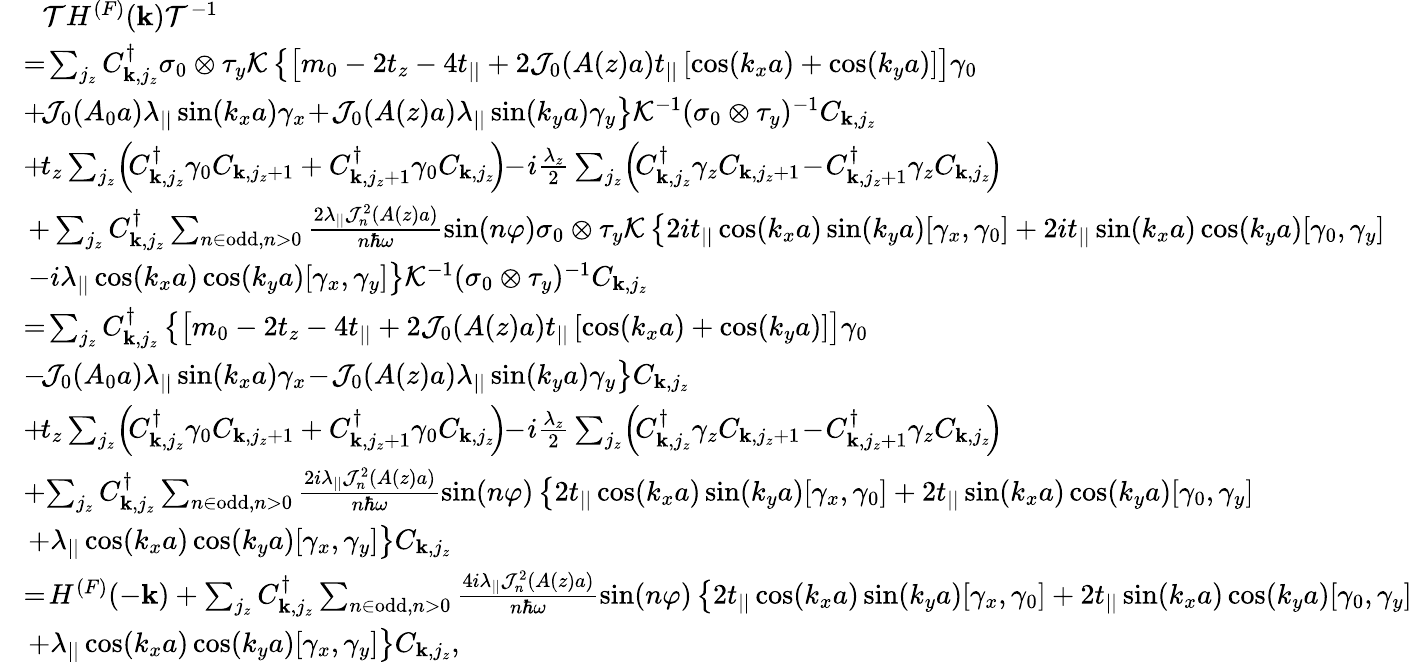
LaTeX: \begin{array}{rl}&{~~{\cal T}H^{(F)}({\mathbf k}){\cal T}^{-1}}\\ &{\! =\! \sum_{j_{z}}C_{{\mathbf k},j_{z}}^{\dagger}\sigma_{0}\otimes\tau_{y}{\cal K}\left\{ \left[m_{0}-2t_{z}-4t_{||}+2{\cal J}_{0}(A(z)a)t_{||}\left[\cos(k_{x}a)+\cos(k_{y}a)\right]\right]\gamma_{0}\right.}\\ &{\left.\! +\! {\cal J}_{0}(A_{0}a)\lambda_{||}\sin(k_{x}a)\gamma_{x}\! +\! {\cal J}_{0}(A(z)a)\lambda_{||}\sin(k_{y}a)\gamma_{y}\right\} {\cal K}^{-1}(\sigma_{0}\otimes\tau_{y})^{-1}C_{{\mathbf k},j_{z}}}\\ &{\! +\! t_{z}\sum_{j_{z}}\! \left(\! C_{{\mathbf k},j_{z}}^{\dagger}\gamma_{0}C_{{\mathbf k},j_{z}+1}+C_{{\mathbf k},j_{z}+1}^{\dagger}\gamma_{0}C_{{\mathbf k},j_{z}}\! \right)\! \! -\! i\frac{\lambda_{z}}{2}\sum_{j_{z}}\! \left(\! C_{{\mathbf k},j_{z}}^{\dagger}\gamma_{z}C_{{\mathbf k},j_{z}+1}\! -\! C_{{\mathbf k},j_{z}+1}^{\dagger}\gamma_{z}C_{{\mathbf k},j_{z}}\! \right)\! }\\ &{+\sum_{j_{z}}C_{{\mathbf k},j_{z}}^{\dagger}\sum_{n\in\mathrm{odd},n>0}\frac{2\lambda_{||}{\cal J}_{n}^{2}(A(z)a)}{n\hbar\omega}\sin(n\varphi)\sigma_{0}\otimes\tau_{y}{\cal K}\left\{ 2it_{||}\cos(k_{x}a)\sin(k_{y}a)[\gamma_{x},\gamma_{0}]+2it_{||}\sin(k_{x}a)\cos(k_{y}a)[\gamma_{0},\gamma_{y}]\right.}\\ &{\left.-i\lambda_{||}\cos(k_{x}a)\cos(k_{y}a)[\gamma_{x},\gamma_{y}]\right\} {\cal K}^{-1}(\sigma_{0}\otimes\tau_{y})^{-1}C_{{\mathbf k},j_{z}}}\\ &{\! =\! \sum_{j_{z}}C_{{\mathbf k},j_{z}}^{\dagger}\left\{ \left[m_{0}-2t_{z}-4t_{||}+2{\cal J}_{0}(A(z)a)t_{||}\left[\cos(k_{x}a)+\cos(k_{y}a)\right]\right]\gamma_{0}\right.}\\ &{\left.\! -\! {\cal J}_{0}(A_{0}a)\lambda_{||}\sin(k_{x}a)\gamma_{x}\! -\! {\cal J}_{0}(A(z)a)\lambda_{||}\sin(k_{y}a)\gamma_{y}\right\} C_{{\mathbf k},j_{z}}}\\ &{\! +\! t_{z}\sum_{j_{z}}\! \left(\! C_{{\mathbf k},j_{z}}^{\dagger}\gamma_{0}C_{{\mathbf k},j_{z}+1}+C_{{\mathbf k},j_{z}+1}^{\dagger}\gamma_{0}C_{{\mathbf k},j_{z}}\! \right)\! \! -\! i\frac{\lambda_{z}}{2}\sum_{j_{z}}\! \left(\! C_{{\mathbf k},j_{z}}^{\dagger}\gamma_{z}C_{{\mathbf k},j_{z}+1}\! -\! C_{{\mathbf k},j_{z}+1}^{\dagger}\gamma_{z}C_{{\mathbf k},j_{z}}\! \right)\! }\\ &{\! +\! \sum_{j_{z}}C_{{\mathbf k},j_{z}}^{\dagger}\sum_{n\in\mathrm{odd},n>0}\frac{2i\lambda_{||}{\cal J}_{n}^{2}(A(z)a)}{n\hbar\omega}\sin(n\varphi)\left\{ 2t_{||}\cos(k_{x}a)\sin(k_{y}a)[\gamma_{x},\gamma_{0}]+2t_{||}\sin(k_{x}a)\cos(k_{y}a)[\gamma_{0},\gamma_{y}]\right.}\\ &{\left.+\lambda_{||}\cos(k_{x}a)\cos(k_{y}a)[\gamma_{x},\gamma_{y}]\right\} C_{{\mathbf k},j_{z}}}\\ &{\! =\! H^{(F)}(-{\mathbf k})+\sum_{j_{z}}C_{{\mathbf k},j_{z}}^{\dagger}\sum_{n\in\mathrm{odd},n>0}\frac{4i\lambda_{||}{\cal J}_{n}^{2}(A(z)a)}{n\hbar\omega}\sin(n\varphi)\left\{ 2t_{||}\cos(k_{x}a)\sin(k_{y}a)[\gamma_{x},\gamma_{0}]+2t_{||}\sin(k_{x}a)\cos(k_{y}a)[\gamma_{0},\gamma_{y}]\right.}\\ &{\left.+\lambda_{||}\cos(k_{x}a)\cos(k_{y}a)[\gamma_{x},\gamma_{y}]\right\} C_{{\mathbf k},j_{z}},}\end{array}